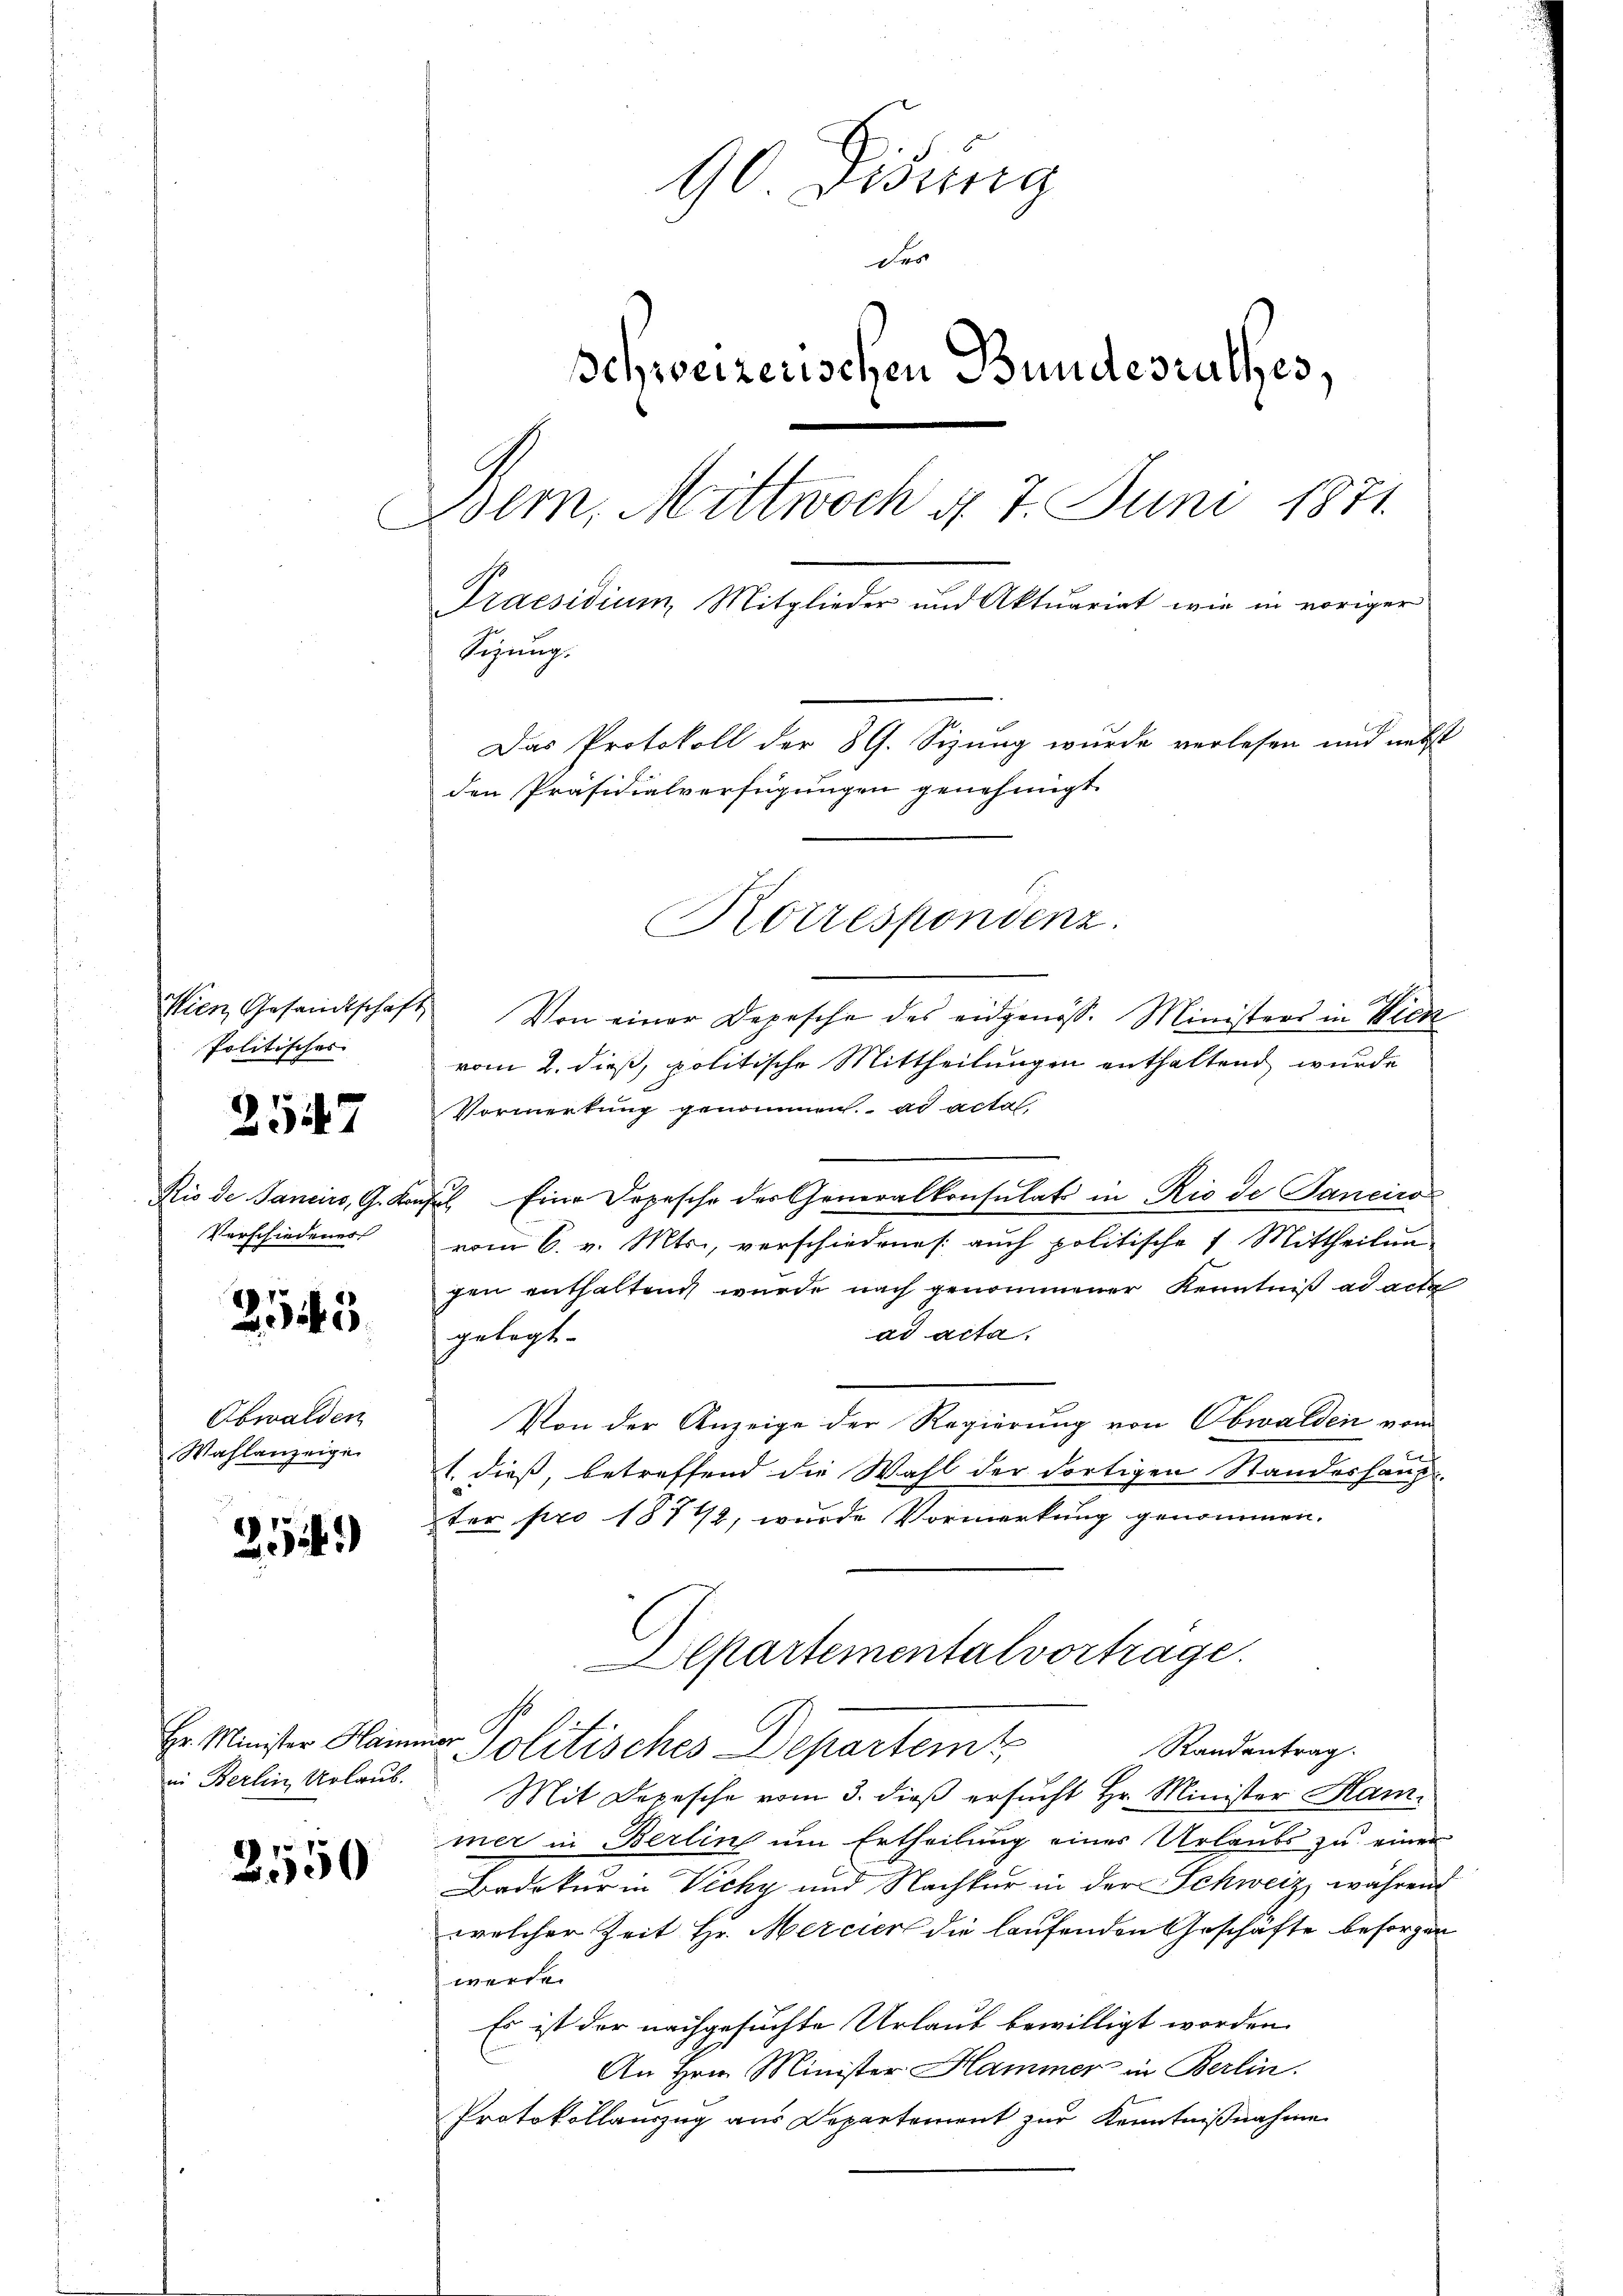
Wien, Gesandtschaft
Politisches

257

Rio de Sancino, G. Kon
Verschiedener

2163

Obwalden
Wahlanzeigen

2)

Hr. Minister Haim
in Berlin Urlaub.

2550

90. Didung
Der
Schweizerischen Bundesrathes,
Bem, Mittwoch d 7 Juni 1871
Praesidium, Mitglieder und Aktuariat wie in voriger
Sizung.
Das Protokoll der 89. Sizung wurde verlesen und nebst
den Präsidialverfügungen genehmigt.
Korrespondenz.

Von einer Depesche des eidgenöss. Ministers in Vick
vom 2. dieß, politische Mittheilungen enthaltend wurde
Vormerkung genommen. ad acta,
2. Eine Depesche des Generalkonsulats in Rio de Janeiro
vom 6. v. Mts., verschiedenes auch politische 7 Mittheilunsen enthaltend wurde nach genommener Kenntniß ad acte
ad acta.
gelegt.
Von der Anzeige der Regierung von Obwalden vom
1. dieß, betreffend die Wahl der dortigen Standeshaup
ter pro 1872, wurde Vormerkung genommen.
lsartementalvortrage.
ag
Politisches Departem Standentrag.
Mit Depesche vom 3. dieß ersucht Hr. Minister Hammer in Berlin um Ertheilung eines Urlaubs zu einer
Bedekur in Vicky und Nachkur in der Schweiz während
welcher Zeit Hr. Mercier die laufenden Geschäfte besorgen
werde.
Es ist der nachgesuchte Urlaub bewilligt worden.
An Hrn. Minister Hammer in Berlin.
Protokollauszug aus Departement zur Kenntnißnahme